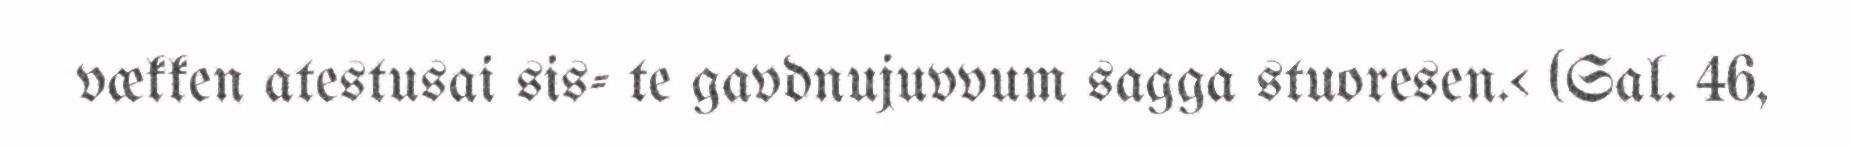
vækken atestusai sis- te gavdnujuvvum sagga stuoresen.< (Sal. 46,